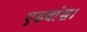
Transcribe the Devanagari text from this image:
एडवांस।